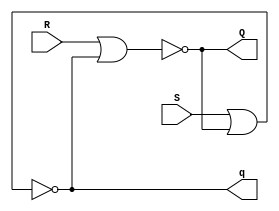
module SR_latch(
    input S,
    input R,
    output Q,
    output q
);
wire w1,w2;
nor U1(w1,R,w2);
nor U2(w2,S,w1);
assign Q=w1;
assign q=w2; 
endmodule